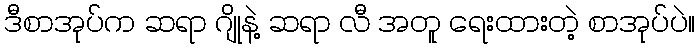
ဒီစာအုပ်က ဆရာ ဂျိုနဲ့ ဆရာ လီ အတူ ရေးထားတဲ့ စာအုပ်ပဲ။